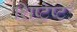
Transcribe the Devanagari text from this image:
शिष्टेष्टः